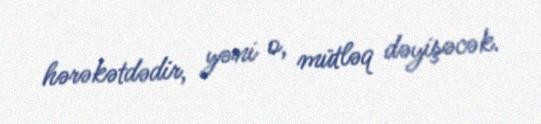
hərəkətdədir, yəni o, mütləq dəyişəcək.